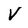
Character: v